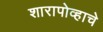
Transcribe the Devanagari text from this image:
शारापोव्हाचे